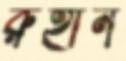
রুহীন